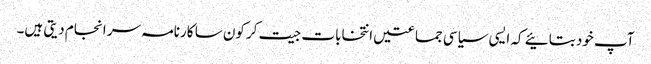
آپ خود بتائیے کہ ایسی سیاسی جماعتیں انتخابات جیت کر کون سا کارنامہ سر انجام دیتی ہیں۔